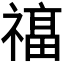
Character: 𮂔